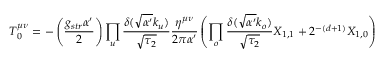
T _ { 0 } ^ { \mu \nu } = - \left( \frac { g _ { s t r } \alpha ^ { \prime } } { 2 } \right) \prod _ { u } \frac { \delta ( \sqrt { \alpha ^ { \prime } } k _ { u } ) } { \sqrt { \tau _ { 2 } } } \frac { \eta ^ { \mu \nu } } { 2 \pi \alpha ^ { \prime } } \left( \prod _ { o } \frac { \delta ( \sqrt { \alpha ^ { \prime } } k _ { o } ) } { \sqrt { \tau _ { 2 } } } X _ { 1 , 1 } + 2 ^ { - ( d + 1 ) } X _ { 1 , 0 } \right)